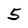
Character: 5